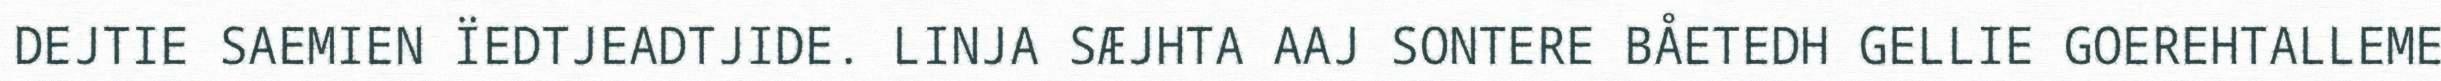
DEJTIE SAEMIEN ÏEDTJEADTJIDE. LINJA SÆJHTA AAJ SONTERE BÅETEDH GELLIE GOEREHTALLEME